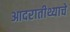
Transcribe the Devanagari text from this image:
आदरातीथ्याचे